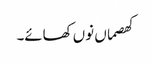
کھصماں نوں کھائے۔